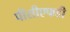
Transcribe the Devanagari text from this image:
पीसीएफडी